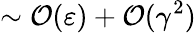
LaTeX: \sim\mathcal{O}(\varepsilon)+\mathcal{O}(\gamma^{2})